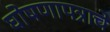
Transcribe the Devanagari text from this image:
घोषणापत्राचे